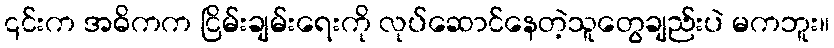
၎င်းက အဓိကက ငြိမ်းချမ်းရေးကို လုပ်ဆောင်နေတဲ့သူတွေချည်းပဲ မကဘူး။